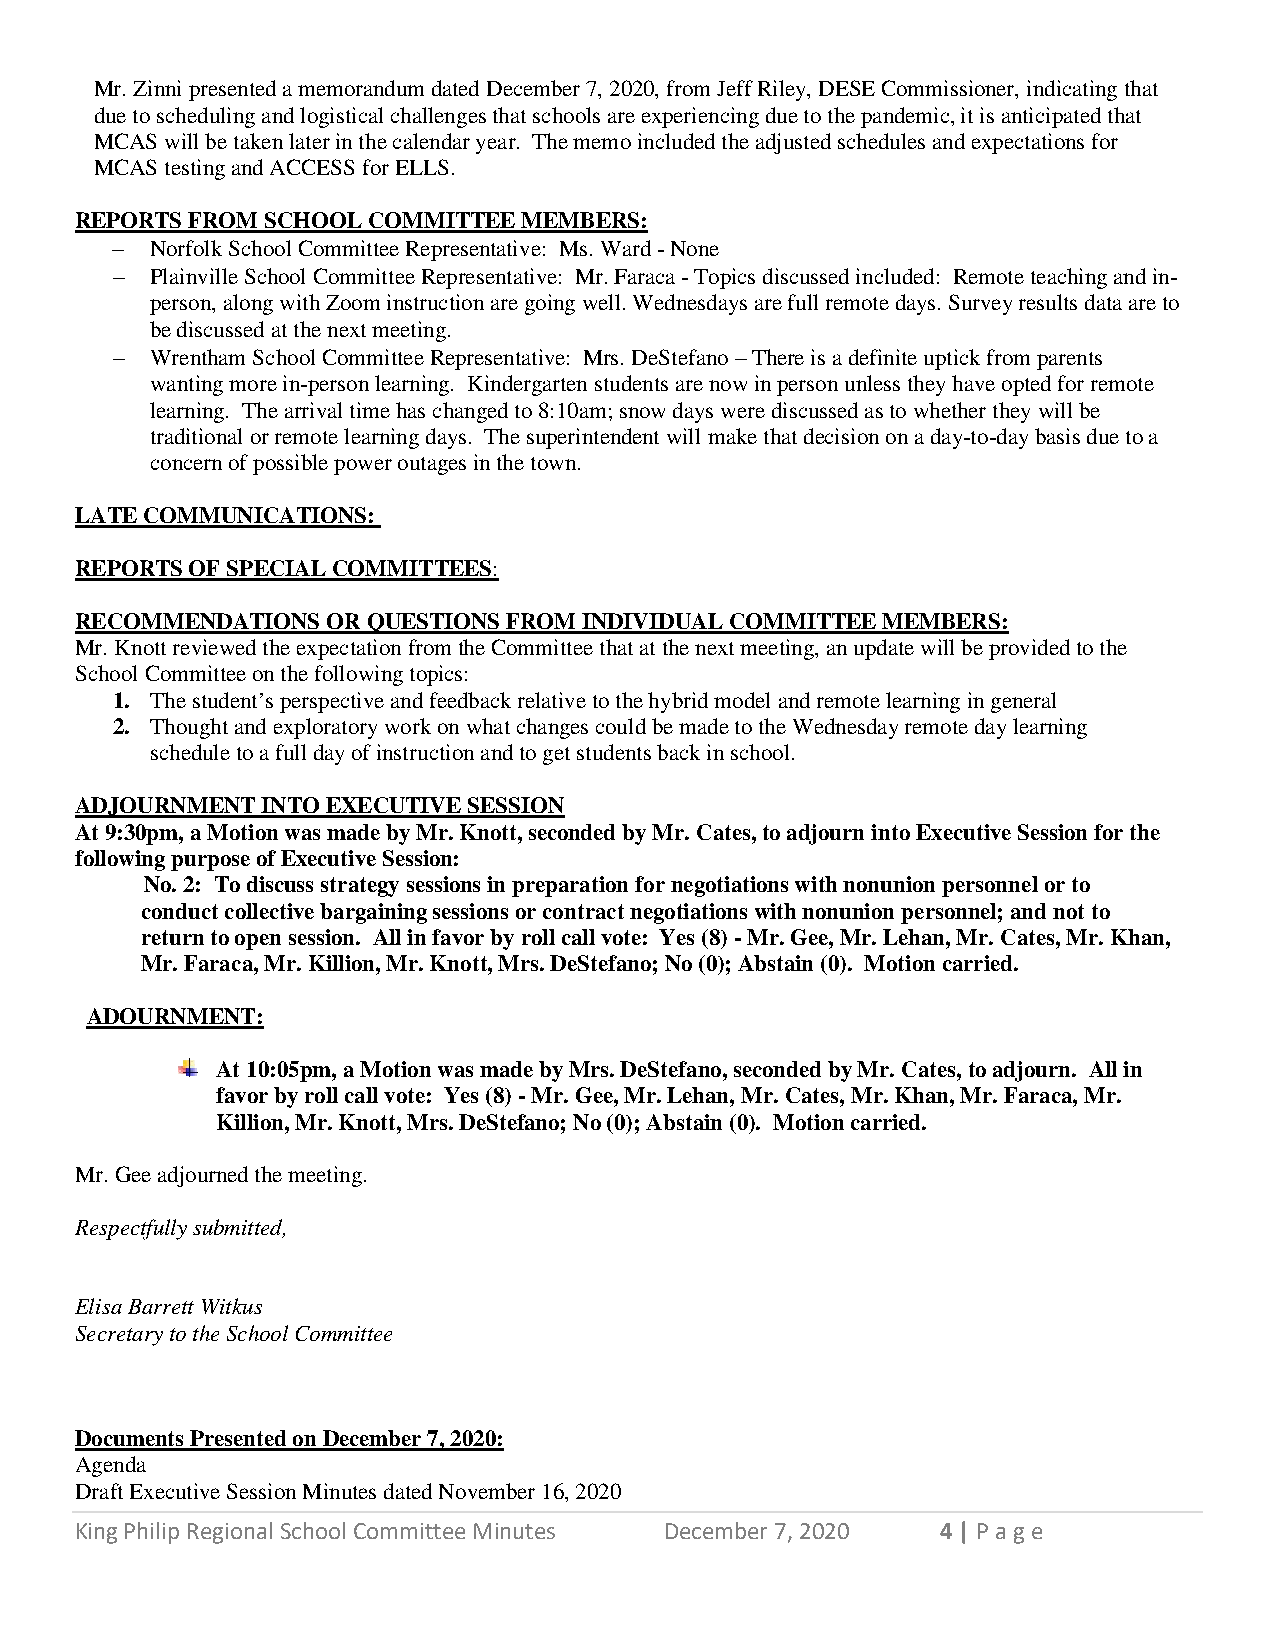
Mr. Zinni presented a memorandum dated December 7, 2020, from Jeff Riley, DESE Commissioner, indicating that
 due to scheduling and logistical challenges that schools are experiencing due to the pandemic, it is anticipated that
 MCAS will be taken later in the calendar year. The memo included the adjusted schedules and expectations for
 MCAS testing and ACCESS for ELLS.
 REPORTS FROM SCHOOL COMMITTEE MEMBERS:
 −  Norfolk School Committee Representative: Ms. Ward - None
 −  Plainville School Committee Representative: Mr. Faraca - Topics discussed included: Remote teaching and in-
 person, along with Zoom instruction are going well. Wednesdays are full remote days. Survey results data are to
 be discussed at the next meeting.
 −  Wrentham School Committee Representative: Mrs. DeStefano – There is a definite uptick from parents
 wanting more in-person learning. Kindergarten students are now in person unless they have opted for remote
 learning. The arrival time has changed to 8:10am; snow days were discussed as to whether they will be
 traditional or remote learning days. The superintendent will make that decision on a day-to-day basis due to a
 concern of possible power outages in the town.
 LATE COMMUNICATIONS:
 REPORTS OF SPECIAL COMMITTEES:
 RECOMMENDATIONS  OR QUESTIONS FROM INDIVIDUAL COMMITTEE MEMBERS:
 Mr. Knott reviewed the expectation from the Committee that at the next meeting, an update will be provided to the
 School Committee on the following topics:
 1. The student’s perspective and feedback relative to the hybrid model and remote learning in general
 2. Thought and exploratory work on what changes could be made to the Wednesday remote day learning
 schedule to a full day of instruction and to get students back in school.
 ADJOURNMENT INTO EXECUTIVE SESSION
 At 9:30pm, a Motion was made by Mr. Knott, seconded by Mr. Cates, to adjourn into Executive Session for the
 following purpose of Executive Session:
 No. 2: To discuss strategy sessions in preparation for negotiations with nonunion personnel or to
 conduct collective bargaining sessions or contract negotiations with nonunion personnel; and not to
 return to open session. All in favor by roll call vote: Yes (8) - Mr. Gee, Mr. Lehan, Mr. Cates, Mr. Khan,
 Mr. Faraca, Mr. Killion, Mr. Knott, Mrs. DeStefano; No (0); Abstain (0). Motion carried.
 ADOURNMENT:
 At 10:05pm, a Motion was made by Mrs. DeStefano, seconded by Mr. Cates, to adjourn. All in
 favor by roll call vote: Yes (8) - Mr. Gee, Mr. Lehan, Mr. Cates, Mr. Khan, Mr. Faraca, Mr.
 Killion, Mr. Knott, Mrs. DeStefano; No (0); Abstain (0). Motion carried.
 Mr. Gee adjourned the meeting.
 Respectfully submitted,
 Elisa Barrett Witkus
 Secretary to the School Committee
 Documents Presented on December 7, 2020:
 Agenda
 Draft Executive Session Minutes dated November 16, 2020
 King Philip Regional School Committee Minutes December 7, 2020 4 | P a ge